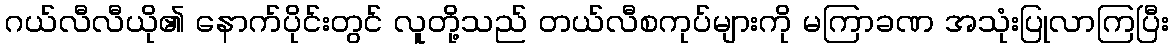
ဂယ်လီလီယို၏ နောက်ပိုင်းတွင် လူတို့သည် တယ်လီစကုပ်များကို မကြာခဏ အသုံးပြုလာကြပြီး